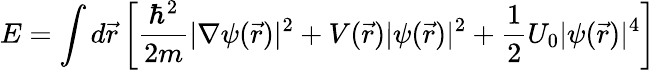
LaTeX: E=\int d{\vec{r}}\left[{\frac{\hbar^{2}}{2m}}|\nabla\psi({\vec{r}})|^{2}+V({\vec{r}})|\psi({\vec{r}})|^{2}+{\frac{1}{2}}U_{0}|\psi({\vec{r}})|^{4}\right]